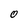
Character: 0